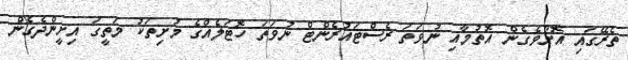
ތެރޭގައި އޮށޯވެގެން އޮތުމާއި ނުވަތަ ރެސްޓައުރެންޓް ނުވަތަ ހޮޓަލެއްގެ މުށިތަކު މަތީގަ އިށީންދެގެން